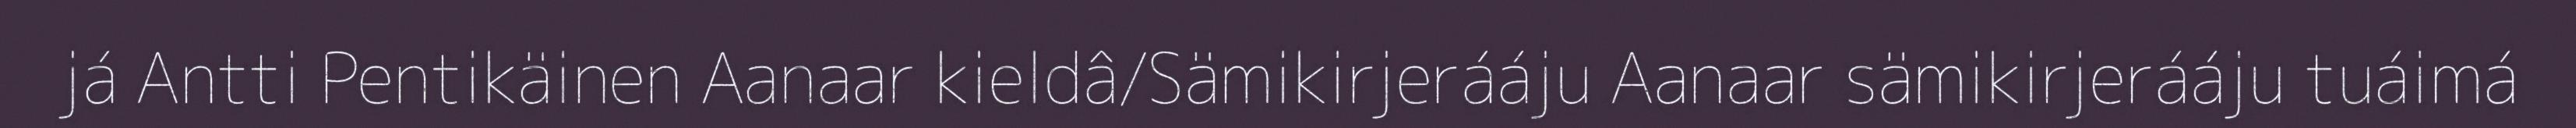
já Antti Pentikäinen Aanaar kieldâ/Sämikirjerááju Aanaar sämikirjerááju tuáimá